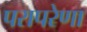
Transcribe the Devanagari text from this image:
परापरेणा